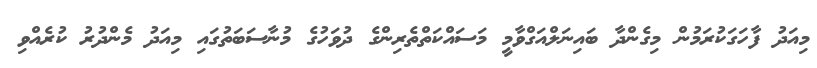
މިއަދު ފާހަގަކުރަމުން މިގެންދާ ބައިނަލްއަގްވާމީ މަސައްކަތްތެރިންގެ ދުވަހުގެ މުނާސަބަތުގައި މިއަދު މެންދުރު ކުރެއްވި